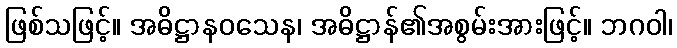
ဖြစ်သဖြင့်။ အဓိဋ္ဌာနဝသေန၊ အဓိဋ္ဌာန်၏အစွမ်းအားဖြင့်။ ဘဂဝါ၊